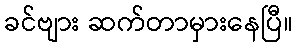
ခင်ဗျား ဆက်တာမှားနေပြီ။